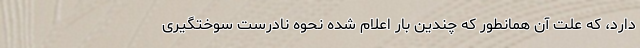
دارد، که علت آن همانطور که چندین بار اعلام شده نحوه نادرست سوختگیری